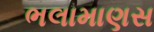
ભલામાણસ